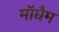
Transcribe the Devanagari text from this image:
मॉघैम